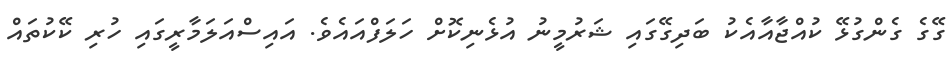
ގޭގެ ގެންގުޅޭ ކުއްޖާއާއެކު ބަދިގޭގައި ޝަރުމީނު އުޅެނިކޮށް ހަލަފްއައެވެ. އައިސްއަލަމާރީގައި ހުރި ކޭކުތައް